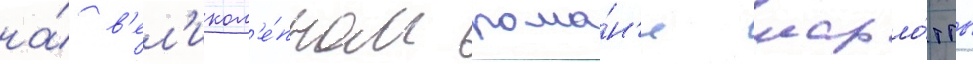
на́ в'ел'икол'е́пном рома́н'е шарло́тты